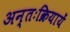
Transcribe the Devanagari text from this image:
अन्तःक्रियायें